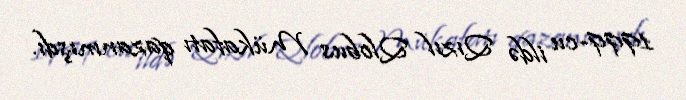
1999-cu ildə Qızıl Qlobus Mükafatı qazanmışdı.